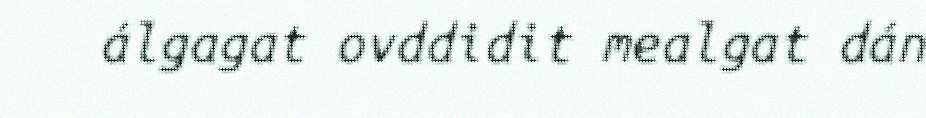
álgagat ovddidit mealgat dán